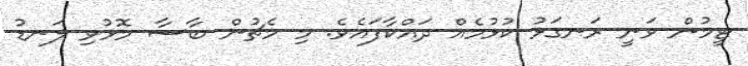
ޓީމުން ވަނީ ރަނގަޅު ކުޅުމެއް ދައްކާފައެވެ. މި މެޗުން ބާސާ މޮޅުވި ލަނޑު